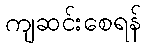
ကျဆင်းစေရန်